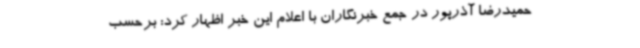
حمیدرضا آذرپور در جمع خبرنگاران با اعلام این خبر اظهار کرد: برحسب